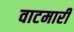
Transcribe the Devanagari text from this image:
वाटमारी